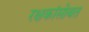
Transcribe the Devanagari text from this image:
रक्षकांसोबत